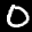
Label: 0